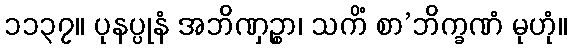
၁၁၃၇။ ပုနပ္ပုနံ အဘိဏှဉ္စာ၊ သကိံ စာ’ဘိက္ခဏံ မုဟုံ။